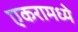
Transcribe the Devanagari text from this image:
एकरामध्ये